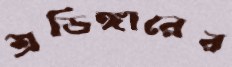
শ্রডিঙ্গারের